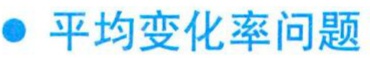
$\bullet$ 平均变化率问题